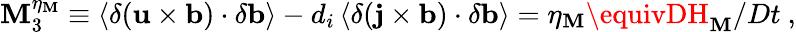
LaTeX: \mathbf{M}_{3}^{\eta_{\mathbf{M}}}\equiv\left<\delta({\mathbf{u}}\times{\mathbf{b}})\cdot\delta{\mathbf{b}}\right>-d_{i}\left<\delta({\mathbf{j}}\times{\mathbf{b}})\cdot\delta{\mathbf{b}}\right>=\eta_{\mathbf{M}}\equivDH_{\mathbf{M}}/Dt\ ,